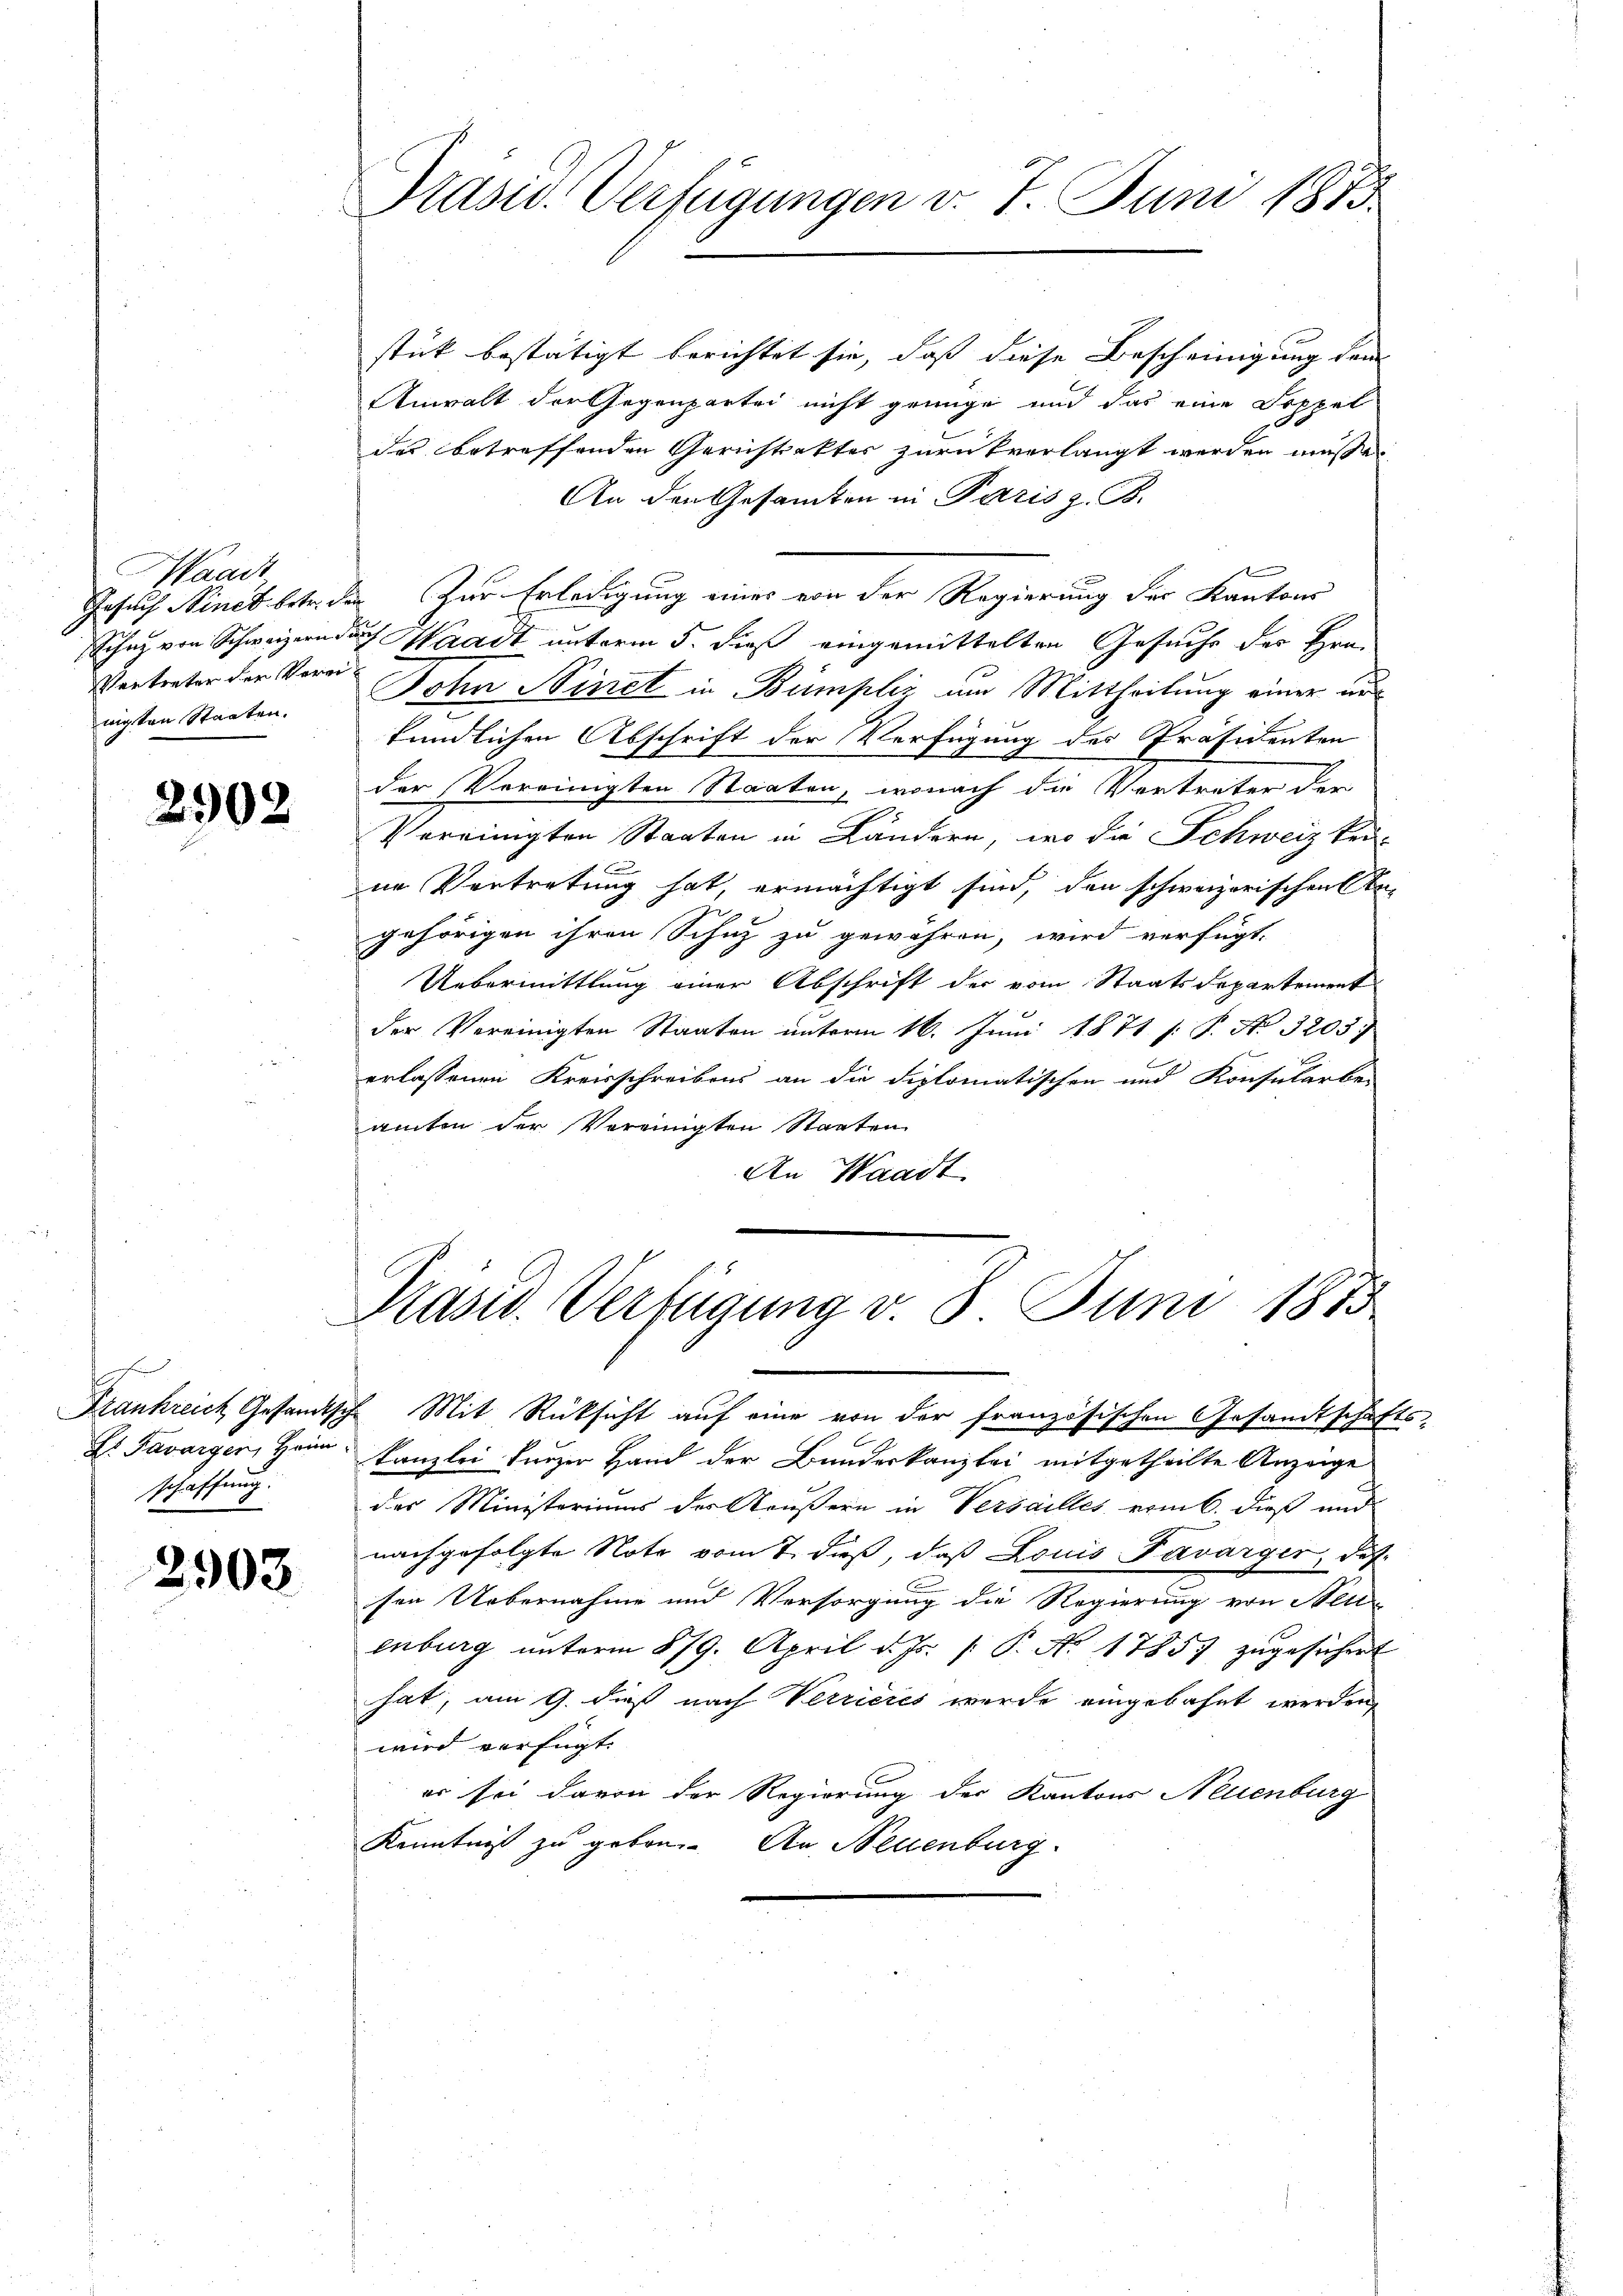
Waadt,
Vertreter der Vereiwigten Staaten.

2902

schaffung.

2903.

Prasis. Verfügungen v. 7. Juni 1883

stük bestätigt berichtet sie, daß diese Bescheinigung dem
Anwalt der Gegenpartei nicht genüge und das eine Soppel
des betreffenden Gerichtsakter zurückverlangt werden müsse.
An den Gesamten in Paris z. B.
Gesuch Nines betr. den Zur Erledigung eines von der Regierung der Kantons
Schaz von Schweizern dach Waadt unterm 5. dieß eingemittelten Gesuche des Hrn.
John Sinet in Bümpliz am Mittheilung einer un
kundlichen Abschrift der Verfügung des Präsidenten
der Vereinigten Staaten, wonach die Vertreter der
Vereinigten Staaten in Ländern, wo die Schweiz kei-
ne Vertretung hat, ermächtigt sind, den schweizerischen An-
gehörigen ihren Schuz zu gewähren, wird verfügt:
Uebermittlung einer Abschrift der vom Staatsdepartement
der Vereinigten Staaten unterm 16. Juni 1871 s: P. No. 3203
erlassenen Kreisschreibens an die diplomatischen und Konsularbei
amten der Vereinigten Staaten
An Waadt

Präsid. Verfügung v. 8. Juni 1875

Frankreich Gesandtsche Mit Rücksicht auf eine von der französischen Gesandtschafts-
G. Savarger, Heim Kanzlei kurzer Hand der Bundeskanzlei mitgetheilte Anzeige
der Ministeriums der Reußern in Versailles vom 6. dieß und
nachgefolgte Note vom 7. dieß, daß Louis Favarger, das
sen Uebernahme und Versorgung die Regierung von Neu-
enburg unterm 879. April d. Js. /: P. Nr. 17857 zugesichert
hat, am 9. dieß nach Verrieres wurde eingebahnt werden,
wird verfügt:
er sei davon der Regierung der Kantons Neuenburg
Kenntniß zu geben. An Neuenburg